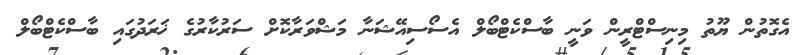
އެގޮތުން ޔޫތު މިނިސްޓްރީން ވަނީ ބާސްކެޓްބޯލް އެސޯސިއޭޝަނާ މަޝްވަރާކޮށް ސަރުކާރުގެ ޚަރަދުގައި ބާސްކެޓްބޯލް